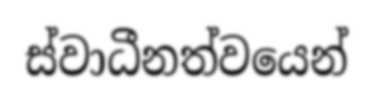
ස්වාධීනත්වයෙන්